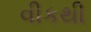
વીકથી